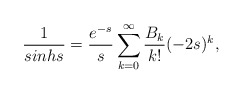
\begin{align*}\frac{1}{sinh s} = \frac{e^{-s}}{s} \sum\limits_{k=0}^{\infty}\frac{B_k}{k!}(-2s)^k,\end{align*}